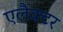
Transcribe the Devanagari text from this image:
एलैक्टर